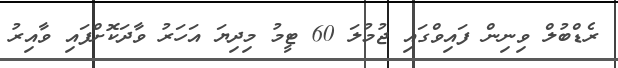
ރެޑްބުލް ވިނިން ފައިވްގައި ޖުމުލަ 60 ޓީމު މިދިޔަ އަހަރު ވާދަކޮށްފައި ވާއިރު